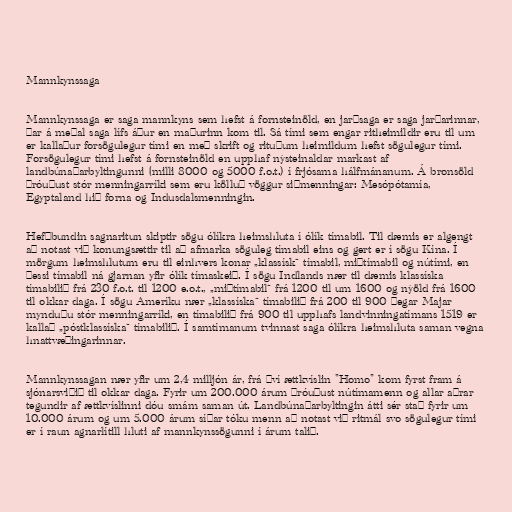
Mannkynssaga

Mannkynssaga er saga mannkyns sem hefst á fornsteinöld, en jarðsaga er saga jarðarinnar,
þar á meðal saga lífs áður en maðurinn kom til. Sá tími sem engar ritheimildir eru til um
er kallaður forsögulegur tími en með skrift og rituðum heimildum hefst sögulegur tími.
Forsögulegur tími hefst á fornsteinöld en upphaf nýsteinaldar markast af
landbúnaðarbyltingunni (milli 8000 og 5000 f.o.t.) í frjósama hálfmánanum. Á bronsöld
þróuðust stór menningarríki sem eru kölluð vöggur siðmenningar: Mesópótamía,
Egyptaland hið forna og Indusdalsmenningin.

Hefðbundin sagnaritun skiptir sögu ólíkra heimshluta í ólík tímabil. Til dæmis er algengt
að notast við konungsættir til að afmarka söguleg tímabil eins og gert er í sögu Kína. Í
mörgum heimshlutum eru til einhvers konar „klassísk“ tímabil, miðtímabil og nútími, en
þessi tímabil ná gjarnan yfir ólík tímaskeið. Í sögu Indlands nær til dæmis klassíska
tímabilið frá 230 f.o.t. til 1200 e.o.t., „miðtímabil“ frá 1200 til um 1600 og nýöld frá 1600
til okkar daga. Í sögu Ameríku nær „klassíska“ tímabilið frá 200 til 900 þegar Majar
mynduðu stór menningarríki, en tímabilið frá 900 til upphafs landvinningatímans 1519 er
kallað „póstklassíska“ tímabilið. Í samtímanum tvinnast saga ólíkra heimshluta saman vegna
hnattvæðingarinnar.

Mannkynssagan nær yfir um 2,4 milljón ár, frá því ættkvíslin "Homo" kom fyrst fram á
sjónarsviðið til okkar daga. Fyrir um 200.000 árum þróuðust nútímamenn og allar aðrar
tegundir af ættkvíslinni dóu smám saman út. Landbúnaðarbyltingin átti sér stað fyrir um
10.000 árum og um 5.000 árum síðar tóku menn að notast við ritmál svo sögulegur tími
er í raun agnarlítill hluti af mannkynssögunni í árum talið.